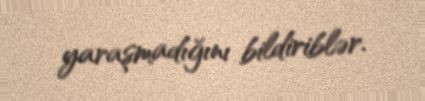
yaraşmadığını bildiriblər.